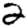
Digit: 2